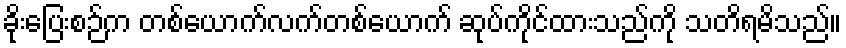
ခိုးပြေးစဉ်က တစ်ယောက်လက်တစ်ယောက် ဆုပ်ကိုင်ထားသည်ကို သတိရမိသည်။